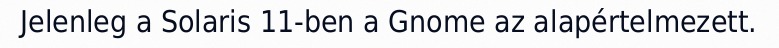
Jelenleg a Solaris 11-ben a Gnome az alapértelmezett.